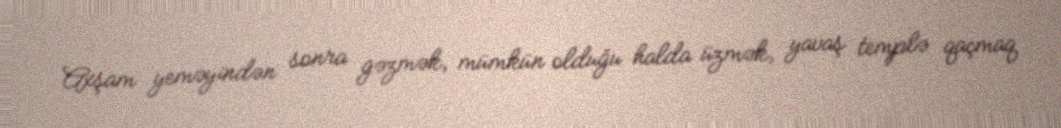
Axşam yeməyindən sonra gəzmək, mümkün olduğu halda üzmək, yavaş templə qaçmaq